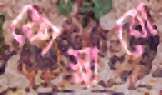
ফোস্‌লাবো